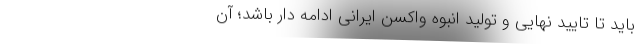
باید تا تایید نهایی و تولید انبوه واکسن ایرانی ادامه دار باشد؛ آن